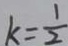
k = \frac { 1 } { 2 }